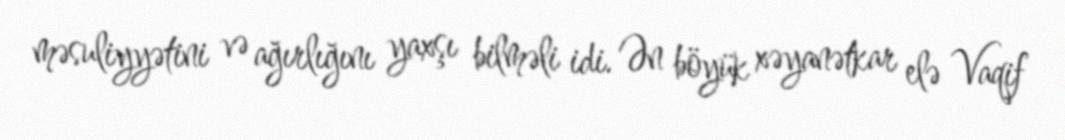
məsuliyyətini və ağırlığını yaxşı bilməli idi. Ən böyük xəyanətkar elə Vaqif